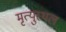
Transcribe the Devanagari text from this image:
मृत्युस्थल